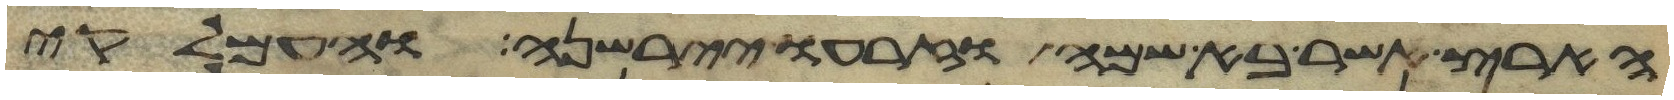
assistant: הארץ אשר בא שמה וזרעו יירשנה והעמלקי